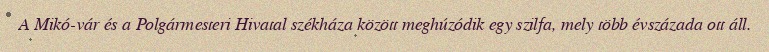
A Mikó-vár és a Polgármesteri Hivatal székháza között meghúzódik egy szilfa, mely több évszázada ott áll.